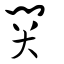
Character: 関